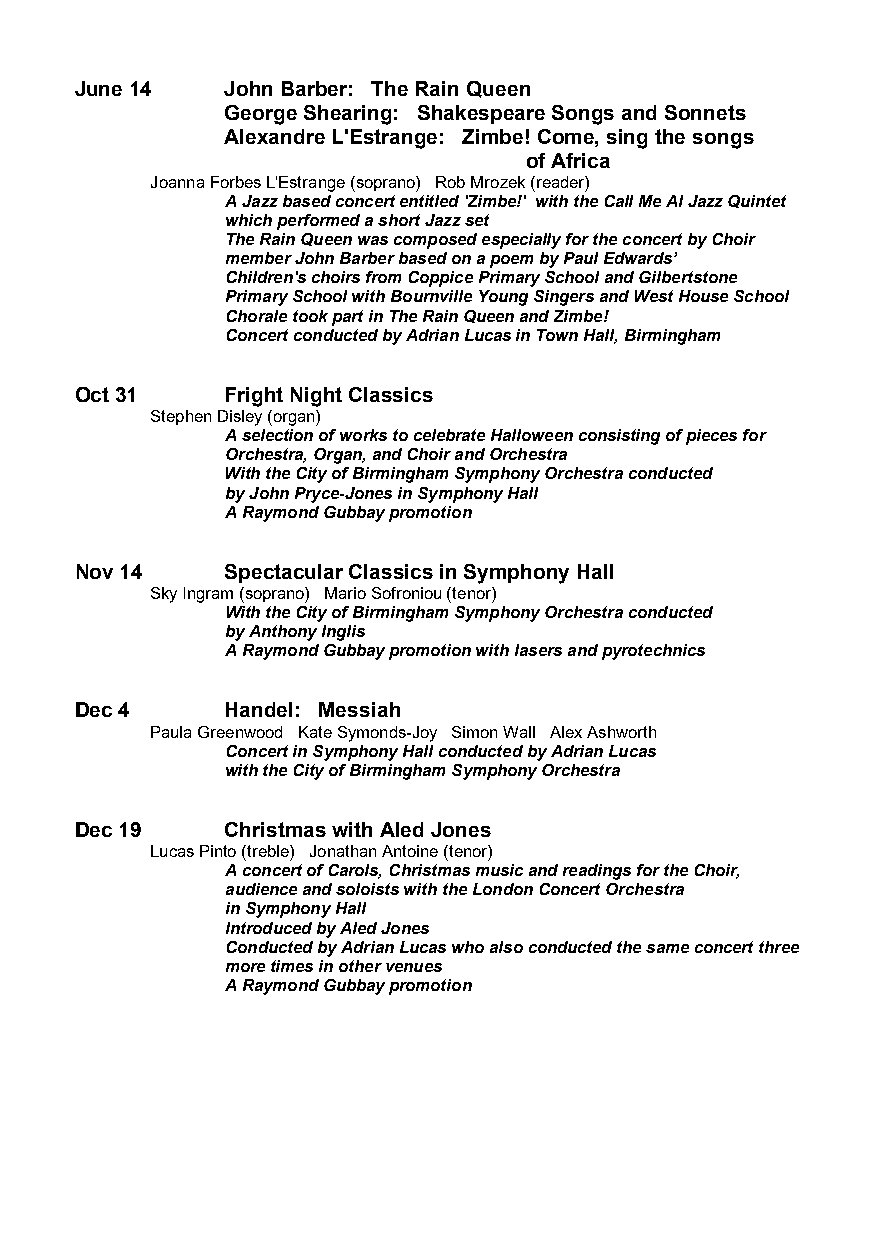
June 14   John Barber: The Rain Queen
 George Shearing: Shakespeare Songs and Sonnets
 Alexandre L'Estrange: Zimbe! Come, sing the songs
 of Africa
 Joanna Forbes L'Estrange (soprano) Rob Mrozek (reader)
 A Jazz based concert entitled 'Zimbe!' with the Call Me Al Jazz Quintet
 which performed a short Jazz set
 The Rain Queen was composed especially for the concert by Choir
 member John Barber based on a poem by Paul Edwards’
 Children's choirs from Coppice Primary School and Gilbertstone
 Primary School with Bournville Young Singers and West House School
 Chorale took part in The Rain Queen and Zimbe!
 Concert conducted by Adrian Lucas in Town Hall, Birmingham
 Oct 31    Fright Night Classics
 Stephen Disley (organ)
 A selection of works to celebrate Halloween consisting of pieces for
 Orchestra, Organ, and Choir and Orchestra
 With the City of Birmingham Symphony Orchestra conducted
 by John Pryce-Jones in Symphony Hall
 A Raymond Gubbay promotion
 Nov 14    Spectacular Classics in Symphony Hall
 Sky Ingram (soprano) Mario Sofroniou (tenor)
 With the City of Birmingham Symphony Orchestra conducted
 by Anthony Inglis
 A Raymond Gubbay promotion with lasers and pyrotechnics
 Dec 4     Handel: Messiah
 Paula Greenwood Kate Symonds-Joy Simon Wall Alex Ashworth
 Concert in Symphony Hall conducted by Adrian Lucas
 with the City of Birmingham Symphony Orchestra
 Dec 19    Christmas with Aled Jones
 Lucas Pinto (treble) Jonathan Antoine (tenor)
 A concert of Carols, Christmas music and readings for the Choir,
 audience and soloists with the London Concert Orchestra
 in Symphony Hall
 Introduced by Aled Jones
 Conducted by Adrian Lucas who also conducted the same concert three
 more times in other venues
 A Raymond Gubbay promotion